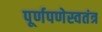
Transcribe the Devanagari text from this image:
पूर्णपणेस्वतंत्र